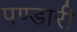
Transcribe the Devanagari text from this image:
पण्डारी